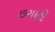
છગણી